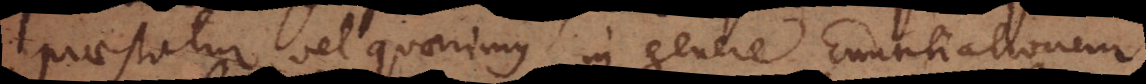
praestatur, vel quaerimus in genere Enuntiationem